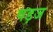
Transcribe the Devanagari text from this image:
षड़ज